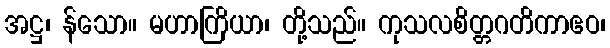
အဋ္ဌ၊ န်သော။ မဟာကြိယာ၊ တို့သည်။ ကုသလစိတ္တဂတိကာဧဝ၊